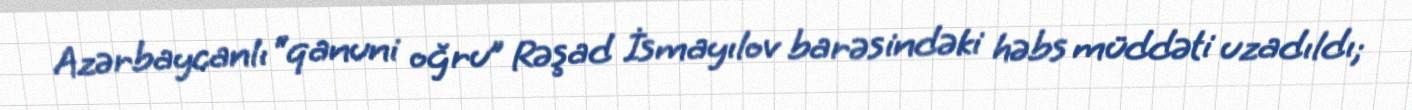
Azərbaycanlı “qanuni oğru” Rəşad İsmayılov barəsindəki həbs müddəti uzadıldı;